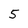
Character: 5